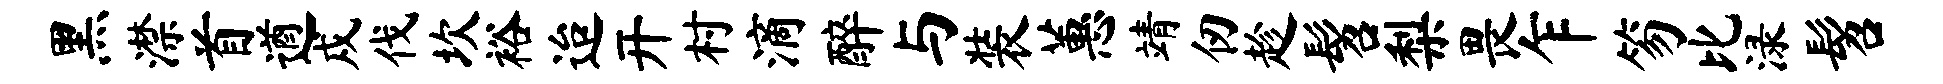
黑潸首遒戍伐坎裕迨开村滴醉与装蕙靖仞趁髫梨畏乍笏比渌髫